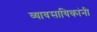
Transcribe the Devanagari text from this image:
व्यावसायिकांनी